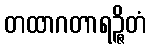
တထာဂတာရဉ္ဇိတံ